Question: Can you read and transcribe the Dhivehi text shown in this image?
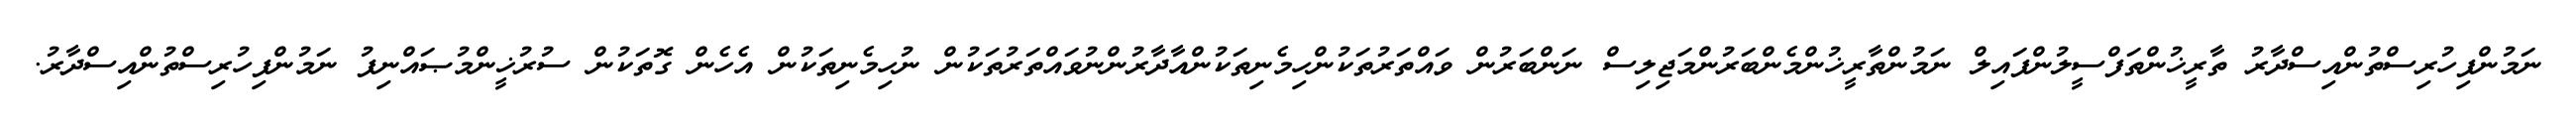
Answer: ނަމުންފިހުރިސްތުންއިސްދާރު ތާރީޚުންތަފްސީލުންފައިލް ނަމުންތާރީޚުންމެންބަރުންމަޖިލިސް ނަންބަރުން ވައްތަރުތަކުންހިމެނިތަކުންއާދާރުންނުވައްތަރުތަކުން ނުހިމެނިތަކުން އެހެން ގޮތަކުން ސުރުޚީންމުޞައްނިފު ނަމުންފިހުރިސްތުންއިސްދާރު.